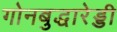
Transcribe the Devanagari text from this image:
गोनबुद्धारेड्डी